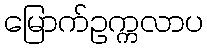
မြောက်ဥက္ကလာပ